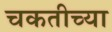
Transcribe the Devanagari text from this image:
चकतीच्या